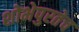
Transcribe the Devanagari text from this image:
शोभेपुरतेच